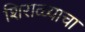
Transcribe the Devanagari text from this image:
शिराळ्याचा